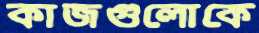
কাজগুলোকে